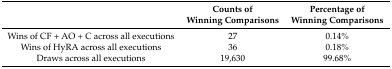
<table><thead><tr><td></td><td><b>Counts of Winning Comparisons</b></td><td><b> Percentage of Winning Comparisons</b></td></tr></thead><tbody><tr><td>Wins of CF + AO + C across all executions</td><td>27</td><td>0.14%</td></tr><tr><td>Wins of HyRA across all executions</td><td>36</td><td>0.18%</td></tr><tr><td>Draws across all executions</td><td>19,630</td><td>99.68%</td></tr></tbody></table>